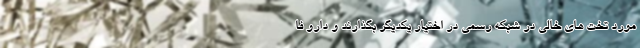
مورد تخت های خالی در شبکه رسمی در اختیار یکدیگر بگذارند و دارو فا